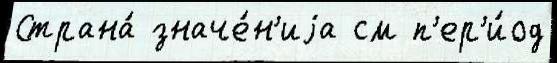
Страна́ значе́н'иjа см п'ер'и́од